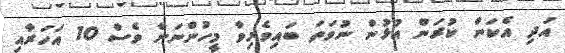
އަދި އެކަން ކުރަން އުޅުން ނުވަތަ ބައިވެރިވާ މީހުންނަށް ވެސް 10 އަހަރާއި